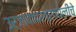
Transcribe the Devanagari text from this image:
उर्जावापरप्रणालीचे